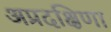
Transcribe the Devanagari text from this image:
अप्रदक्षिणा